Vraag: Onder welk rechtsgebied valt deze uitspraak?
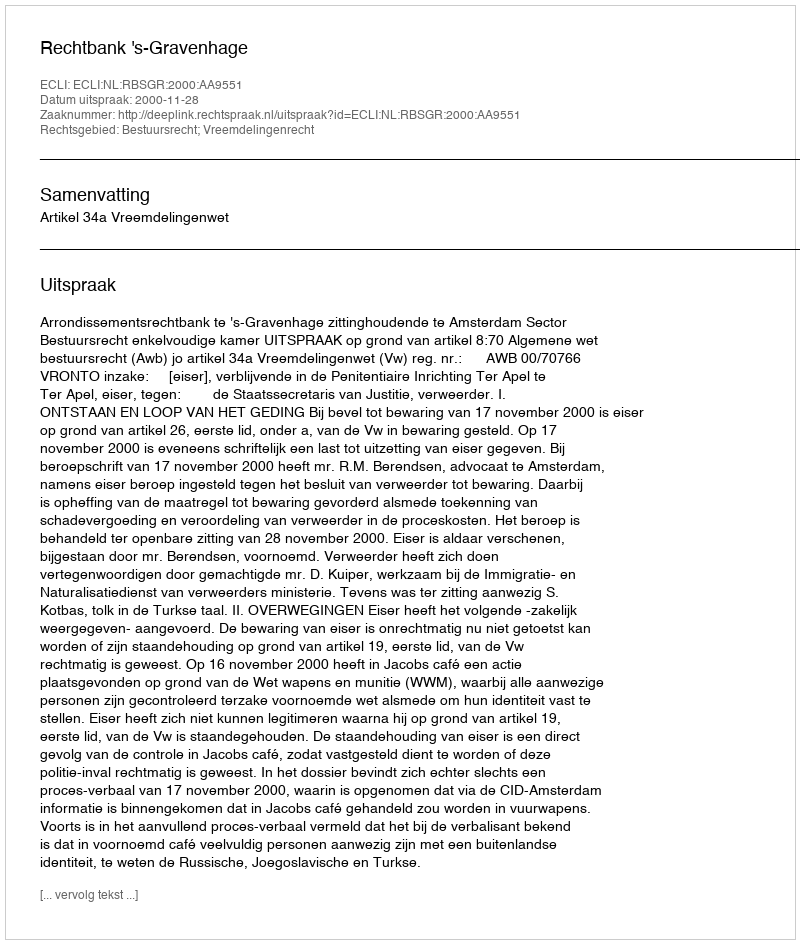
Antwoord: Bestuursrecht; Vreemdelingenrecht